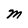
Character: M